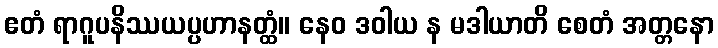
ဧတံ ရာဂူပနိဿယပ္ပဟာနတ္ထံ။ နေဝ ဒဝါယ န မဒါယာတိ စေတံ အတ္တနော